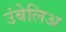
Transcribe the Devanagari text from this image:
उंबेलिअ